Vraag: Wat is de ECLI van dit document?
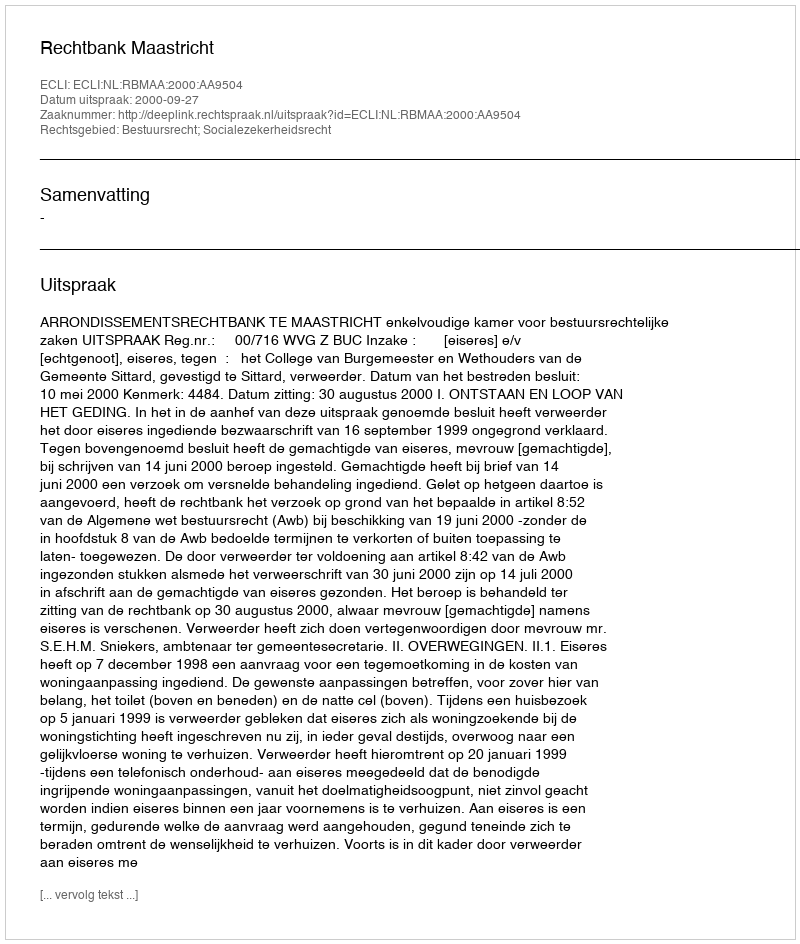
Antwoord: ECLI:NL:RBMAA:2000:AA9504